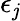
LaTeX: \epsilon_{\mathit{j}}